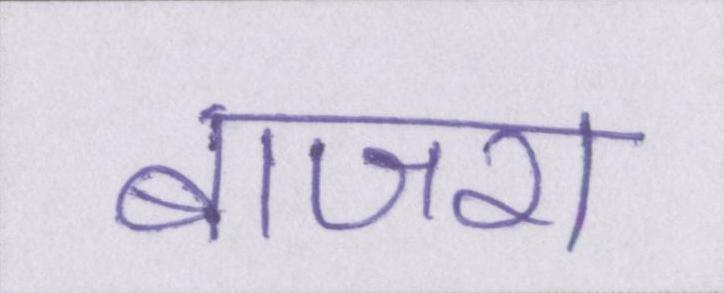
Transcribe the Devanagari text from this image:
बाजरा